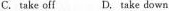
C. take off D. take down